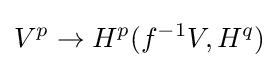
V^{p}\to H^{p}(f^{-1}V,H^{q})